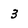
Character: 3